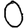
Digit: 0